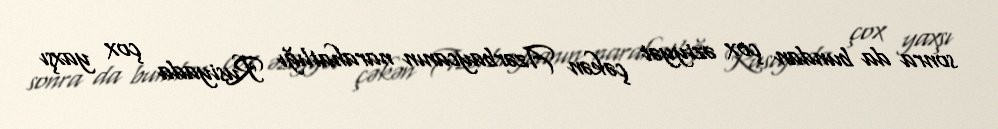
sonra da bundan çox əziyyət çəkən Azərbaycanın narahatlığı Rusiyada çox yaxşı